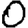
Digit: 0